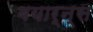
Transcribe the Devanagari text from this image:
बयार्न्स